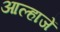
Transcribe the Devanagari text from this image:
आल्हाजें